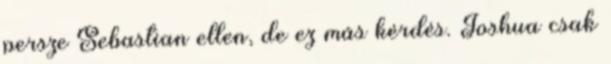
persze Sebastian ellen, de ez más kérdés. Joshua csak